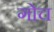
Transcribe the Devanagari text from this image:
गोच